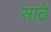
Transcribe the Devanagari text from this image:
साठेे